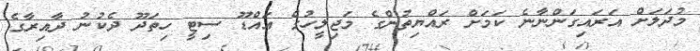
މުދަލަށް އަރައިގަންނާނެ ކަމަށް ރައްޔިތުންގެ މަޖިލީހުގެ އައްޑޫ ސިޓީ ހިތަދޫ ދެކުނު ދާއިރާގެ